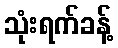
သုံးရက်ခန့်